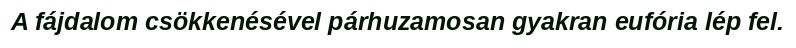
A fájdalom csökkenésével párhuzamosan gyakran eufória lép fel.